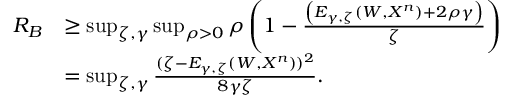
\begin{array} { r l } { R _ { B } } & { \geq \operatorname* { s u p } _ { \zeta , \gamma } \operatorname* { s u p } _ { \rho > 0 } \rho \left( 1 - \frac { \left( E _ { \gamma , \zeta } ( W , X ^ { n } ) + 2 \rho \gamma \right) } { \zeta } \right) } \\ & { = \operatorname* { s u p } _ { \zeta , \gamma } \frac { ( \zeta - E _ { \gamma , \zeta } ( W , X ^ { n } ) ) ^ { 2 } } { 8 \gamma \zeta } . } \end{array}